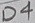
Text: D4